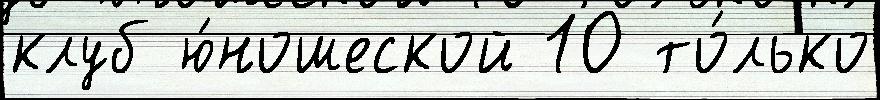
клуб ю́ношеской 10 то́лько